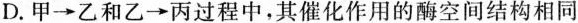
D.甲→乙和乙→丙过程中，其催化作用的酶空间结构相同